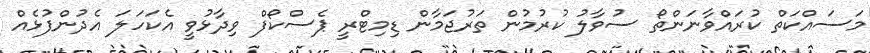
މަސައްކަތް ކުރައްވާނަންތޯ ސުވާލު ކުރުމުން ތަރުޖަމާން ޑިމިޓްރީ ޕެސްކޯފް ވިދާޅުވީ އެކަހަލަ އެދުންފުޅެއް